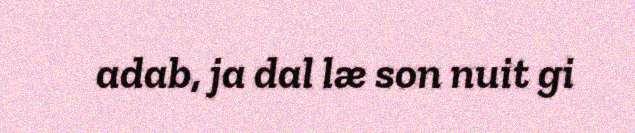
adab, ja dal læ son nuit gi